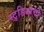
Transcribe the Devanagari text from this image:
स्टुडिओची